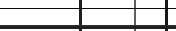
١٧٨